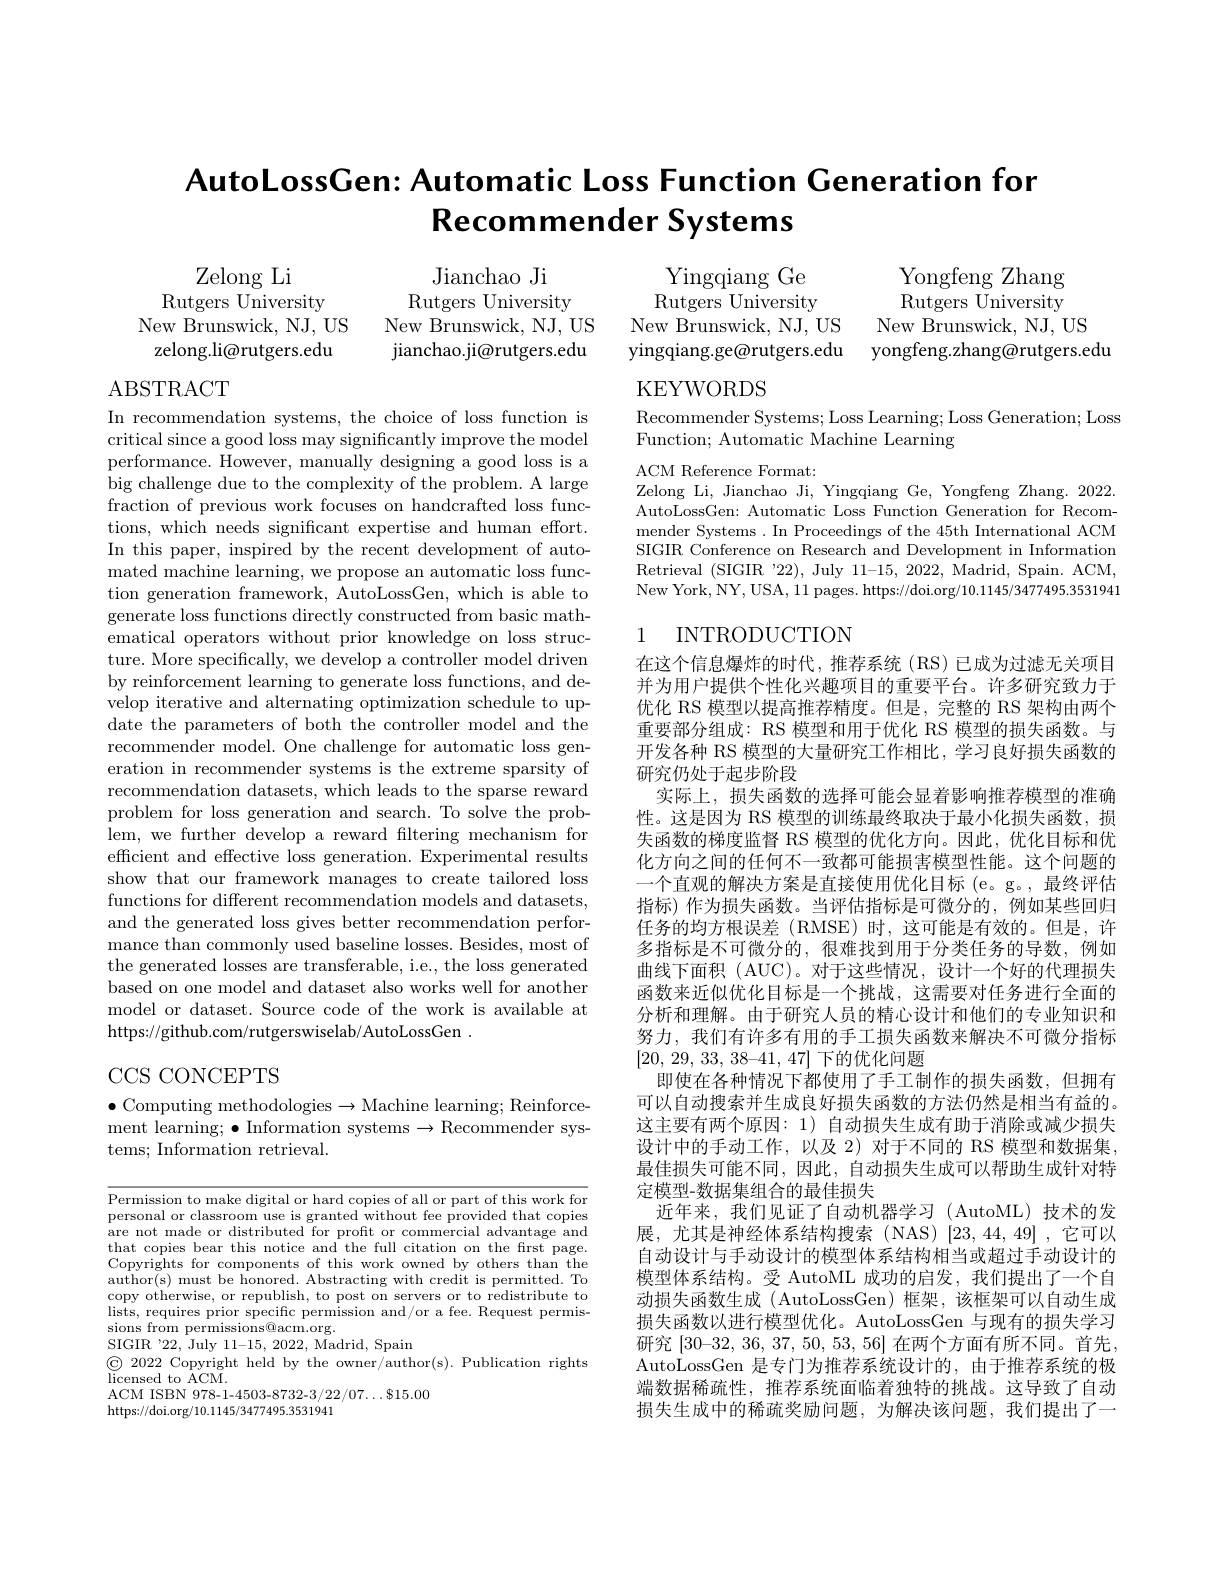
AutoLossGen: Automatic Loss Function Generation for
$\textbf{Recommender Systems}$

Zelong Li
Rutgers University
New Brunswick, NJ, US zelong.li@rutgers.edu

Yingqiang Ge Rutgers University
New Brunswick, NJ, US
New Brunswick, NJ, US
yingqiang.ge@rutgers.edu yongfeng.zhang@rutgers.edu

Jianchao Ji
Rutgers University
New Brunswick, NJ, US jianchao.ji@rutgers.edu

Yongfeng Zhang ${\mathrm{Rutgers~}}{\mathrm{~University}}$

KEYWORDS

ABSTRACT

Recommender Systems; Loss Learning; Loss Generation; Loss
Function; Automatic Machine Learning

ACM Reference Format:
Zelong Li, Jianchao Ji, Yingqiang Ge, Yongfeng Zhang. 2022 AutoLossGen: Automatic Loss Function Generation for Recommender Systems. In Proceedings of the 45th International ACM SIGIR Conference on Research and Development in Information Retrieval (SIGIR '22), July 11-15, 2022, Madrid, Spain. ACM, New York, NY, USA, 11 pages. https://doi.org/10.1145/3477495.3531941

## 1 INTRODUCTION

In recommendation systems, the choice of loss function is critical since a good loss may significantly improve the model performance. However, manually designing a good loss is a big challenge due to the complexity of the problem. A large fraction of previous work focuses on handcrafted loss functions, which needs significant expertise and human effort. In this paper, inspired by the recent development of automated machine learning, we propose an automatic loss function generation framework, AutoLossGen, which is able to generate loss functions directly constructed from basic mathematical operators without prior knowledge on loss structure. More specifically, we develop a controller model driven by reinforcement learning to generate loss functions, and develop iterative and alternating optimization schedule to update the parameters of both the controller model and the recommender model. One challenge for automatic loss generation in recommender systems is the extreme sparsity of recommendation datasets, which leads to the sparse reward problem for loss generation and search. To solve the problem, we further develop a reward filtering mechanism for efficient and effective loss generation. Experimental results show that our framework manages to create tailored loss functions for different recommendation models and datasets, and the generated loss gives better recommendation performance than commonly used baseline losses. Besides, most of the generated losses are transferable, i.e., the loss generated based on one model and dataset also works well for another model or dataset. Source code of the work is available at https://github.com/rutgerswiselab/AutoLossGen~.

在这个信息爆炸的时代，推荐系统(RS)已成为过滤无关项目并为用户提供个性化兴趣项目的重要平台。许多研究致力于优化 RS 模型以提高推荐精度。但是，完整的 RS 架构由两个重要部分组成：RS 模型和用于优化 RS 模型的损失函数。与开发各种 RS 模型的大量研究工作相比，学习良好损失函数的研究仍处于起步阶段
实际上，损失函数的选择可能会显着影响推荐模型的准确性。这是因为 RS 模型的训练最终取决于最小化损失函数，损失函数的梯度监督 RS 模型的优化方向。因此，优化目标和优化方向之间的任何不一致都可能损害模型性能。这个问题的一个直观的解决方案是直接使用优化目标 (e。g。,最终评估指标) 作为损失函数。当评估指标是可微分的，例如某些回归任务的均方根误差(RMSE)时，这可能是有效的。但是，许多指标是不可微分的，很难找到用于分类任务的导数，例如曲线下面积 (AUC)。对于这些情况，设计一个好的代理损失函数来近似优化目标是一个挑战，这需要对任务进行全面的分析和理解。由于研究人员的精心设计和他们的专业知识和努力，我们有许多有用的手工损失函数来解决不可微分指标[20, 29, 33, 38-41, 47]下的优化问题
即使在各种情况下都使用了手工制作的损失函数，但拥有可以自动搜索并生成良好损失函数的方法仍然是相当有益的。这主要有两个原因：1)自动损失生成有助于消除或减少损失设计中的手动工作，以及 2)对于不同的 RS 模型和数据集， 最佳损失可能不同，因此，自动损失生成可以帮助生成针对特定模型-数据集组合的最佳损失
近年来，我们见证了自动机器学习(AutoML)技术的发展，尤其是神经体系结构搜索(NAS)[23,44,49],它可以自动设计与手动设计的模型体系结构相当或超过手动设计的模型体系结构。受 AutoML 成功的启发，我们提出了一个自动损失函数生成 (AutoLossGen) 框架，该框架可以自动生成损失函数以进行模型优化。AutoLossGen 与现有的损失学习研究$[30–32,36,37,50,53,56]$在两个方面有所不同。首先， AutoLossGen 是专门为推荐系统设计的，由于推荐系统的极端数据稀疏性，推荐系统面临着独特的挑战。这导致了自动损失生成中的稀疏奖励问题，为解决该问题，我们提出了一

CCS CONCEPTS

$\bullet$ Computing methodologies$\to$Machine learning; Reinforcement learning; $\bullet$ Information systems$\to$Recommender systems; Information retrieval.

Permission to make digital or hard copies of all or part of this work for personal or classroom use is granted without fee provided that copies are not made or distributed for profit or commercial advantage and that copies bear this notice and the full citation on the first page. Copyrights for components of this work owned by others than the author(s) must be honored. Abstracting with credit is permitted. To copy otherwise, or republish, to post on servers or to redistribute to lists, requires prior specific permission and/or a fee. Request permissions from permissions@acm.org.
SIGIR '22, July 11-15, 2022, Madrid, Spain
$\begin{array}{c}\textcircled{\mathrm{C}}&2022&\text{Copyright held by the owner/author(s).Publication rights}\\\text{licensed to ACM.}\end{array}$
ACM ISBN 978-1-4503-8732-3/22/07...815.00
https://doi.org/10.1145/3477495.3531941